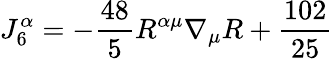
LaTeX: J_{6}^{\alpha}=-\frac{48}{5}R^{\alpha\mu}\nabla_{\mu}R+{\frac{102}{25}}